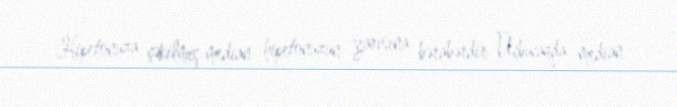
Hipetonuza çəkilmiş median hipetonuzun yarısına bərabərdir Üçbucaqda median